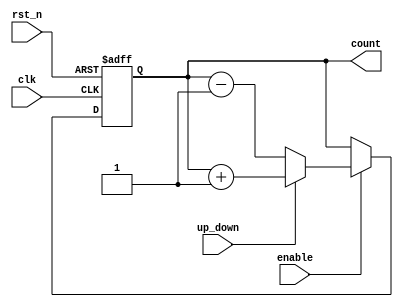
/*

In digital design, a counter can be implemented using flip-flops and some
combinational logic. Below is a parametrizable Verilog RTL (Register-Transfer
Level) code for an n-bit counter with an "Enable" input and an "Up/Down"
control input.

    - n is a parameter that specifies the number of bits for the counter.
    - The enable input allows the counter to increment or decrement only when
    it is high.
    - The up_down input controls whether the counter should increment
    (up_down = 1) or decrement (up_down = 0).

*/

module counter #(parameter n = 8)(
    input clk,
    input rst_n,
    input enable,
    input up_down,
    output reg [n-1:0] count
);

always @(posedge clk or negedge rst_n) begin
    if (!rst_n)
        count <= 0;
    else if (enable) begin
        if (up_down)
            count <= count + 1;
        else
            count <= count - 1;
    end
end

endmodule